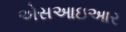
એસઆઇઆર